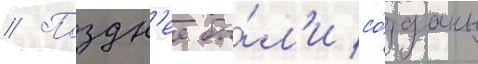
// Поздн'ее бы́л'и со́зданы